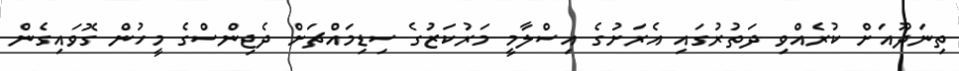
ތިނަދޫއަށް ކުރެއްވި ދަތުރުގައި އެރަށުގެ އިސްލާމީ މަރުކަޒުގެ ސިޑިމައްޗަށް ދެޖިންސްގެ މީހުން ގޮވައިގެން